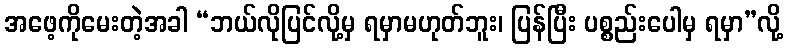
အဖေ့ကိုမေးတဲ့အခါ “ဘယ်လိုပြင်လို့မှ ရမှာမဟုတ်ဘူး၊ ပြန်ပြီး ပစ္စည်းပေါမှ ရမှာ”လို့